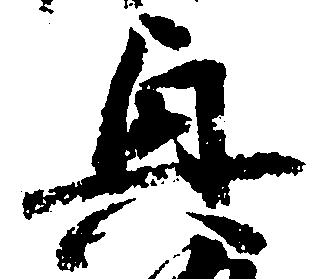
興